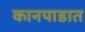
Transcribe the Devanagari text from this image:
कानपाडात